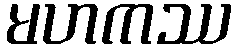
မဟကဿ